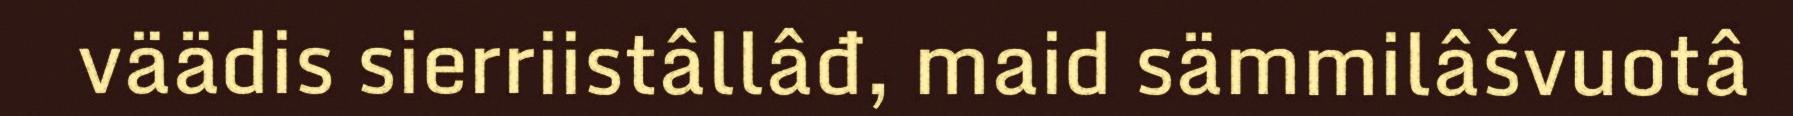
väädis sierriistâllâđ, maid sämmilâšvuotâ